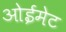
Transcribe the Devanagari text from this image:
ओईमेट